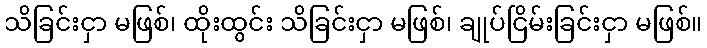
သိခြင်းငှာ မဖြစ်၊ ထိုးထွင်း သိခြင်းငှာ မဖြစ်၊ ချုပ်ငြိမ်းခြင်းငှာ မဖြစ်။